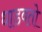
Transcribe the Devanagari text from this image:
धाडवतो